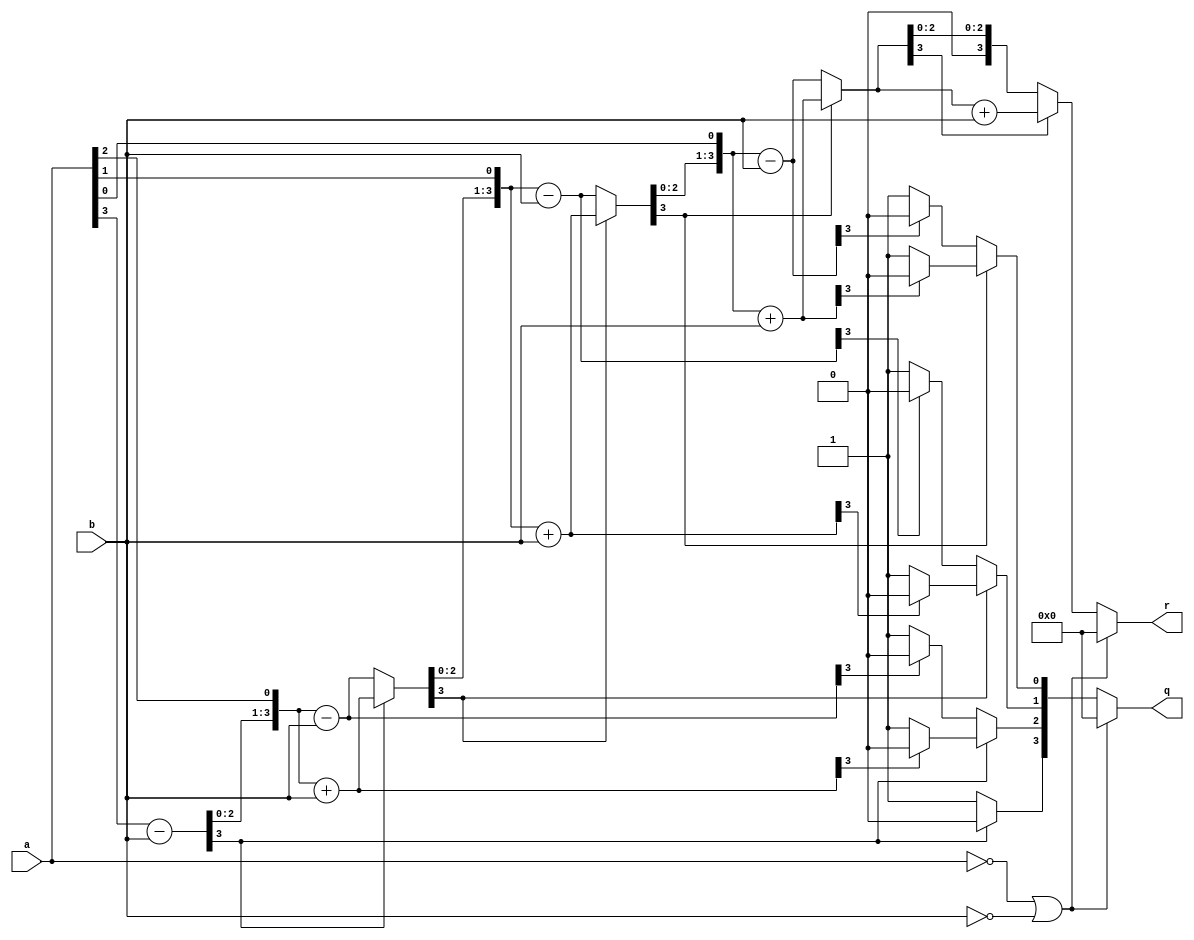
module Division(q,r,a,b);
output reg[3:0]q,r;   
input [3:0]a,b;

reg[3:0] A;
reg[3:0] Q;
reg[3:0] M;
reg[7:0] K;

integer i;
integer count;

always @ (a or b)
	begin
		A = 4'b0000;
		count = 0;
		Q = a;
		M = b;
		K = {A,Q};
		for(i=0;i<4;i=i+1)
			begin
				if(A[3] == 1)
					begin
						K = K<<1;
						A = K[7:4] + M;
						Q = K[3:0];
						if(A[3] == 1) Q[0] = 0;
						else Q[0] = 1;
					end	
				else 
					begin
						K = K<<1;
						A = K[7:4] - M;
						Q = K[3:0];
						if(A[3] == 1) Q[0] = 0;
						else Q[0] = 1;
					end
				count = count + 1;
				K = {A,Q};
			end
		if(count == 4)
			begin
				if(A[3] == 1)
					A = K[7:4] + M;
			end
		if((a==3'b000)|(b==3'b000))
			begin
				q = 0;
				r = 0;
			end
		else
			begin
				q = Q;
				r = A;
			end
	end
endmodule